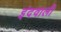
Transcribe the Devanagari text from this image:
इंदवाली